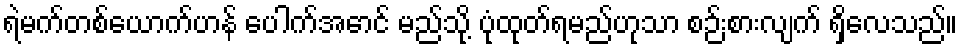
ရဲမက်တစ်ယောက်ဟန် ပေါက်အောင် မည်သို့ ပုံထုတ်ရမည်ဟုသာ စဉ်းစားလျက် ရှိလေသည်။